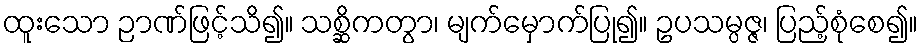
ထူးသော ဉာဏ်ဖြင့်သိ၍။ သစ္ဆိကတွာ၊ မျက်မှောက်ပြု၍။ ဥပသမ္ပဇ္ဇ၊ ပြည့်စုံစေ၍။